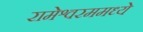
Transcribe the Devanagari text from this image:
रामेश्वरममध्ये